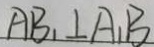
A B _ { 1 } \bot A _ { 1 } B